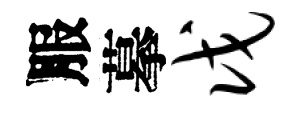
服摹戊